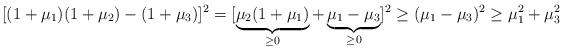
LaTeX: \begin{align*}[(1+\mu_1)(1+\mu_2) - (1+\mu_3)]^2 = [\underbrace{\mu_2(1+\mu_1)}_{\geq 0} + \underbrace{\mu_1 - \mu_3}_{\geq 0}]^2 \geq (\mu_1 - \mu_3)^2 \geq \mu_1^2 + \mu_3^2\end{align*}